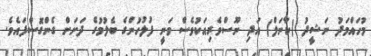
މުހައްމަދު ނަޝީދު (ކާނަލް) އަދި ނޫސްވެރިއަކުވެސް ވަނީ ފުލުހުންގެ ބެލުމުގެ ދަށަށް ގެންގޮސްފައެވެ.